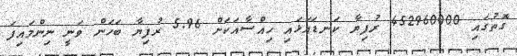
ގޮތުގައި 452960000 ރުފިޔާ ކަނޑައަޅައި ހިއްސާއަކަށް 5.96 ރުފިޔާ ބަހަން ވަނީ ނިންމައިފަ